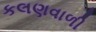
કલણવાળી